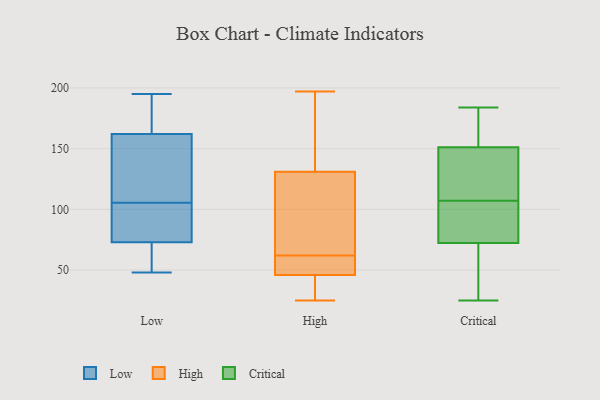
{"axis": {"x": "Shipments", "y": "Value"}, "legend": ["Critical", "High", "Low"], "data": [{"x": "", "y": 128, "type": "Low"}, {"x": "", "y": 73, "type": "Low"}, {"x": "", "y": 156, "type": "Low"}, {"x": "", "y": 195, "type": "Low"}, {"x": "", "y": 73, "type": "Low"}, {"x": "", "y": 57, "type": "Low"}, {"x": "", "y": 49, "type": "Low"}, {"x": "", "y": 109, "type": "Low"}, {"x": "", "y": 169, "type": "Low"}, {"x": "", "y": 48, "type": "Low"}, {"x": "", "y": 87, "type": "Low"}, {"x": "", "y": 102, "type": "Low"}, {"x": "", "y": 178, "type": "Low"}, {"x": "", "y": 162, "type": "Low"}, {"x": "", "y": 46, "type": "High"}, {"x": "", "y": 70, "type": "High"}, {"x": "", "y": 197, "type": "High"}, {"x": "", "y": 176, "type": "High"}, {"x": "", "y": 29, "type": "High"}, {"x": "", "y": 51, "type": "High"}, {"x": "", "y": 131, "type": "High"}, {"x": "", "y": 53, "type": "High"}, {"x": "", "y": 25, "type": "High"}, {"x": "", "y": 129, "type": "High"}, {"x": "", "y": 30, "type": "High"}, {"x": "", "y": 113, "type": "High"}, {"x": "", "y": 54, "type": "High"}, {"x": "", "y": 144, "type": "High"}, {"x": "", "y": 184, "type": "Critical"}, {"x": "", "y": 167, "type": "Critical"}, {"x": "", "y": 119, "type": "Critical"}, {"x": "", "y": 107, "type": "Critical"}, {"x": "", "y": 97, "type": "Critical"}, {"x": "", "y": 169, "type": "Critical"}, {"x": "", "y": 52, "type": "Critical"}, {"x": "", "y": 99, "type": "Critical"}, {"x": "", "y": 146, "type": "Critical"}, {"x": "", "y": 79, "type": "Critical"}, {"x": "", "y": 25, "type": "Critical"}, {"x": "", "y": 50, "type": "Critical"}, {"x": "", "y": 107, "type": "Critical"}]}